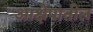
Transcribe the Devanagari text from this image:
आक्षेपांतील